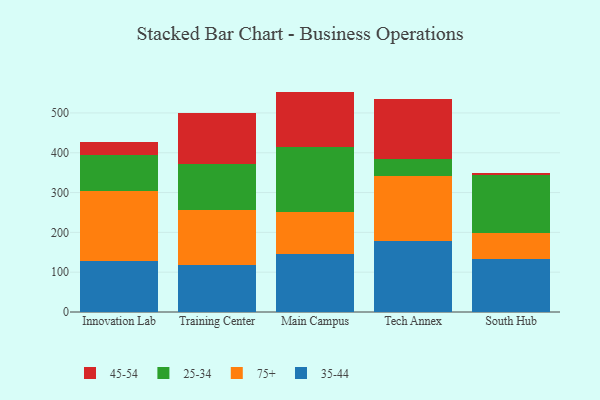
{"axis": {"x": "Campus", "y": "Churn Rate (%)"}, "legend": ["25-34", "35-44", "45-54", "75+"], "data": [{"x": "Innovation Lab", "y": 129.0, "type": "35-44"}, {"x": "Innovation Lab", "y": 176.1, "type": "75+"}, {"x": "Innovation Lab", "y": 89.7, "type": "25-34"}, {"x": "Innovation Lab", "y": 31.4, "type": "45-54"}, {"x": "Training Center", "y": 117.1, "type": "35-44"}, {"x": "Training Center", "y": 139.5, "type": "75+"}, {"x": "Training Center", "y": 114.7, "type": "25-34"}, {"x": "Training Center", "y": 127.5, "type": "45-54"}, {"x": "Main Campus", "y": 146.9, "type": "35-44"}, {"x": "Main Campus", "y": 104.4, "type": "75+"}, {"x": "Main Campus", "y": 163.4, "type": "25-34"}, {"x": "Main Campus", "y": 138.9, "type": "45-54"}, {"x": "Tech Annex", "y": 179.0, "type": "35-44"}, {"x": "Tech Annex", "y": 163.8, "type": "75+"}, {"x": "Tech Annex", "y": 40.3, "type": "25-34"}, {"x": "Tech Annex", "y": 151.8, "type": "45-54"}, {"x": "South Hub", "y": 134.1, "type": "35-44"}, {"x": "South Hub", "y": 63.3, "type": "75+"}, {"x": "South Hub", "y": 145.5, "type": "25-34"}, {"x": "South Hub", "y": 6.7, "type": "45-54"}]}